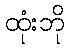
ထုံးဘို